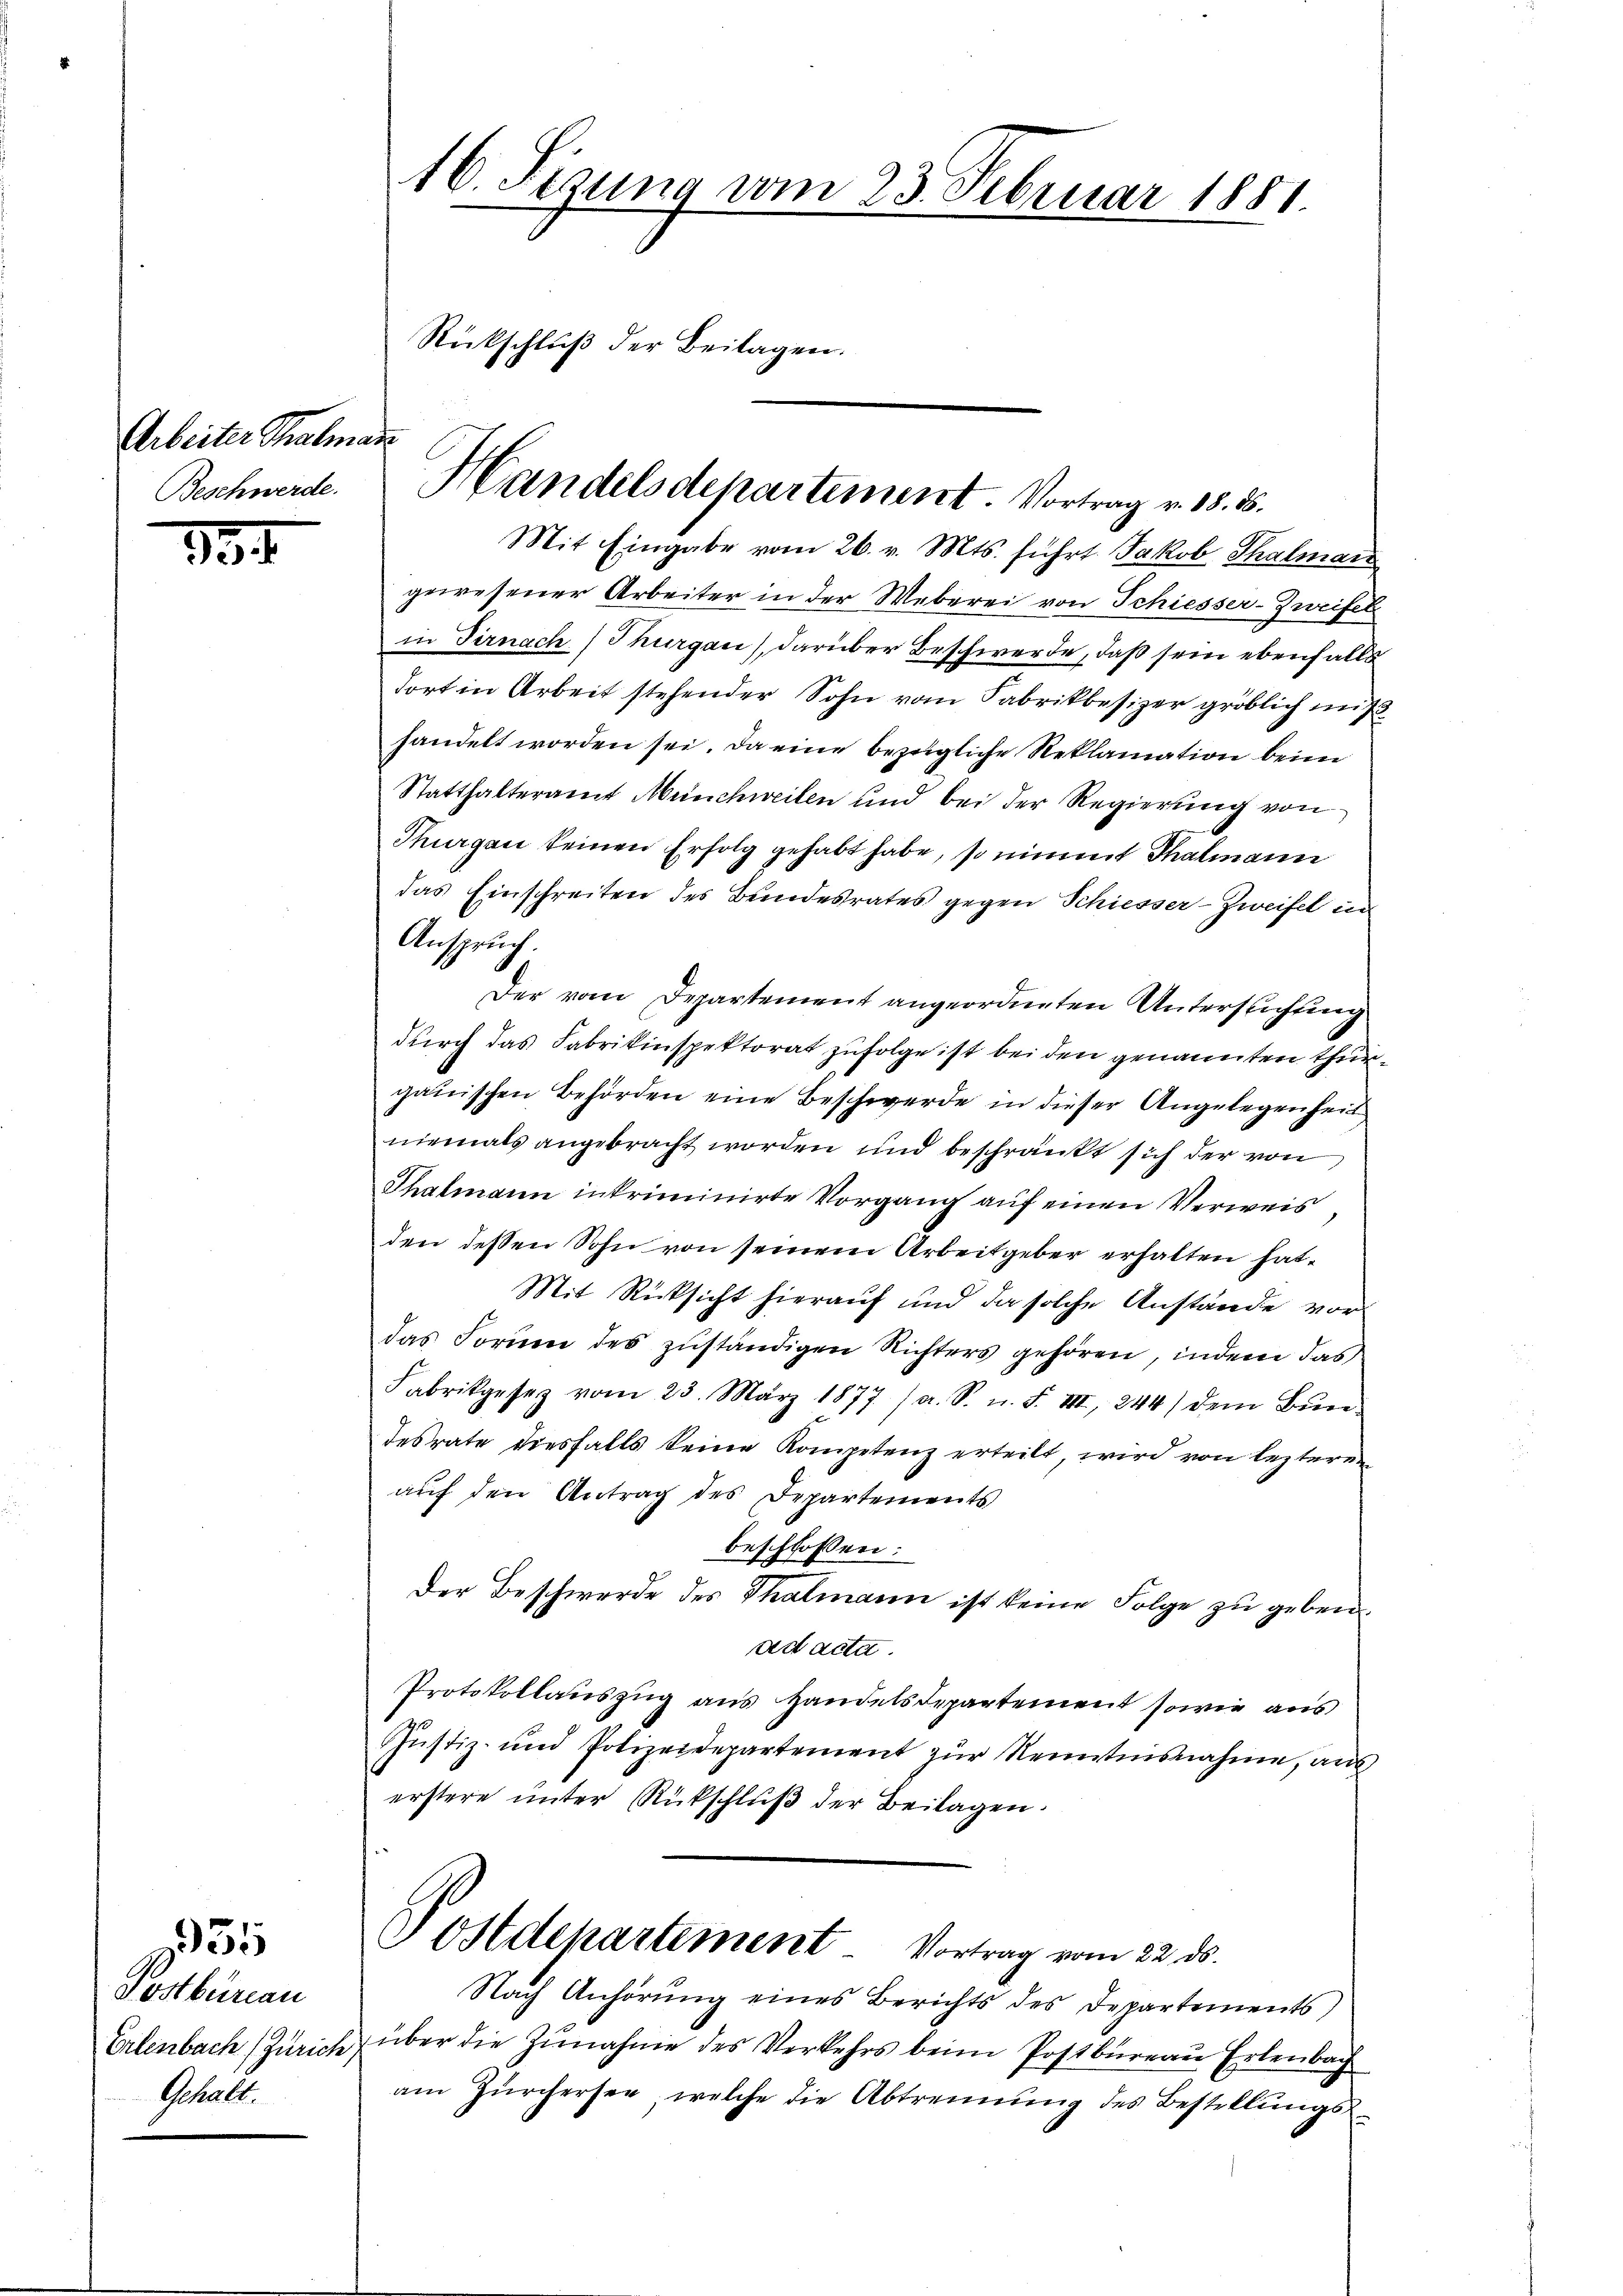
Arbeiter Thalmann
Beschwerde.

134.

55

Postbüreau
Erlenbach (Zürich,
Gehalt.

16. Fizung vom 23. Februar 1881.
Rückschluß der Beilagen.

Mit Eingabe vom 26. v. Mts. führt Jakob Thalman
gewesener Arbeiter in der Weberei von Schiesser-Zweifel
in Firnach (Thurgau), darüber Beschwerde, daß sein ebenfalls
dort in Arbeit stehender Sohn vom Fabrikbesizer gröblich miß
handelt worden sei. Da eine bezeigliche Reklamation beim
Statthalteramt Münchweilen und bei der Regierung von
Thurgau seinen Erfolg gehabt habe, so nimmt Thalmann
das Einschreiten des Bundesrates gegen Schiesser-Zweifel in
Anspruch.
Der vom Departement angeordneten Untersuchung
durch das Fabrikinspektorat zufolge ist bei den genannten Thurgauischen Behörden eine Beschwerde in dieser Angelegenheit
niemals angebracht worden und beschränkt sich der von
Thalmann inkriminirte Vorgang auf einen Verweis
den dessen Sohn von seinem Arbeitgeber erhalten hat.
Mit Rücksicht hierauf und da solche Anstände vordas Formen des zuständigen Richters gehören, indem das
Fabrikgesez vom 23. März 1877 (a. S. u. F. VII, 244) dem Bŭn-
desrate diesfalls keine Kompetenz erteilt wird von lezteren
aŭf den Antrag des Departements
beschlossen:
Der Beschwerde des Thalmann ist keine Folge zu geben.
ad acta.
Protokollauszug aus Handelsdepartement sowie aus
Jŭstiz- und Polizeidepartement zŭr Neuntensnahme, aŭs
erstere unter Rückschlŭβ der Beilagen.
 Ostdepartement Vortrag vom 22. ds.
Nach Anhörung eines Berichts des Departements
über die Zŭnahme des Verkehrs beim Postbureau Erlenbach
am Zürchersee, welche die Abtrennung des Bestellungs-

Handelsdepartement. Vortrag v. 18. 85.